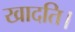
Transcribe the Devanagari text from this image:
खादति।